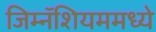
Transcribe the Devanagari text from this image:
जिम्नॅशियममध्ये